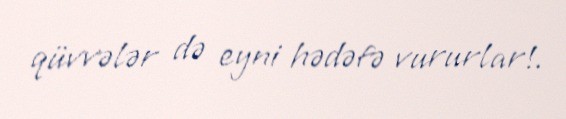
qüvvələr də eyni hədəfə vururlar!.